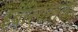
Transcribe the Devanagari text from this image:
इबेरियातला